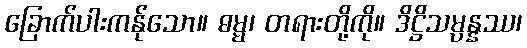
ခြောက်ပါးကန်ုသော။ ဓမ္မ၊ တရားတို့ကို။ ဒိဋ္ဌိသမ္ပန္နဿ၊